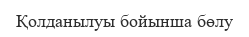
Қолданылуы бойынша бөлу